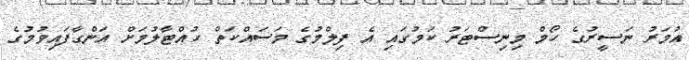
އުމަރު ނަސީރުގެ ހޯމް މިނިސްޓަރު ކަމުގައި އެ ފިލްމުގެ މަސައްކަތް ހުއްޓާލުމަށް އަންގާފައިވުމުގެ